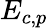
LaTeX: {{E}_{c,p}}